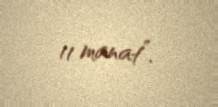
11 manat”.